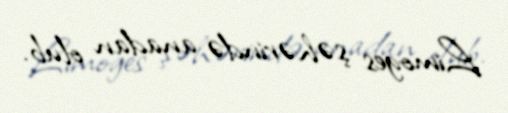
Limoges şəhərində anadan olub.